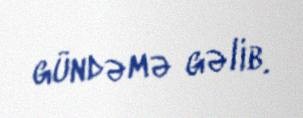
gündəmə gəlib.